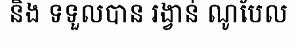
និង ទទួលបាន រង្វាន់ ណូបែល